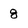
Character: g